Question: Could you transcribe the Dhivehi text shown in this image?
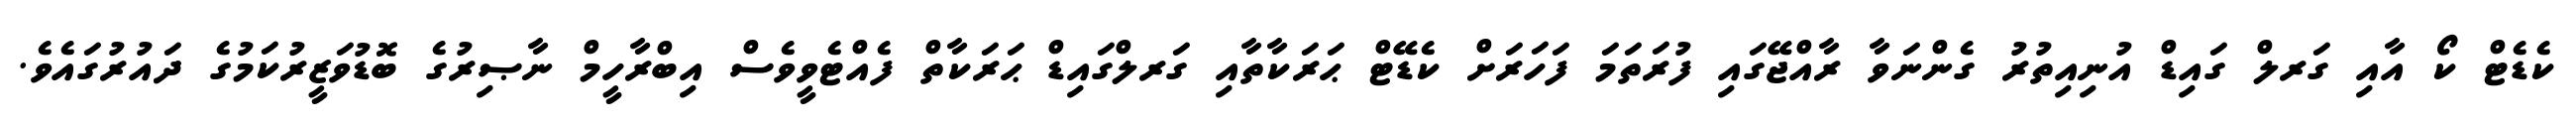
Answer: ކެޑެޓް ކޯ އާއި ގަރލް ގައިޑް އުނިއިތުރު ގެންނަވާ ރާއްޖޭގައި ފުރަތަމަ ފަހަރަށް ކެޑޭޓް ޙަރަކާތާއި ގަރލްގައިޑް ޙަރަކާތް ފެއްޓެވީވެސް އިބްރާހީމް ނާޞިރުގެ ބޮޑުވަޒީރުކަމުގެ ދައުރުގައެވެ.